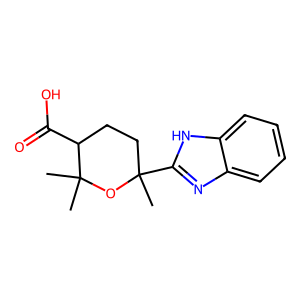
SMILES: CC1(c2nc3ccccc3[nH]2)CCC(C(=O)O)C(C)(C)O1
Inhibits HIV replication: No